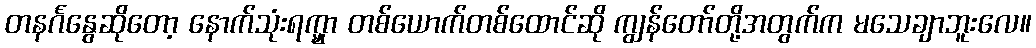
တနင်္ဂနွေဆိုတော့ နောက်သုံးရက္မှာ တစ်ယောက်တစ်ထောင်ဆို ကျွန်တော်တို့အတွက်က မသေချာဘူးလေ။